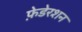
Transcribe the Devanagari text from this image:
फ़ेडेरशन